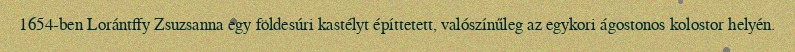
1654-ben Lorántffy Zsuzsanna egy földesúri kastélyt építtetett, valószínűleg az egykori ágostonos kolostor helyén.